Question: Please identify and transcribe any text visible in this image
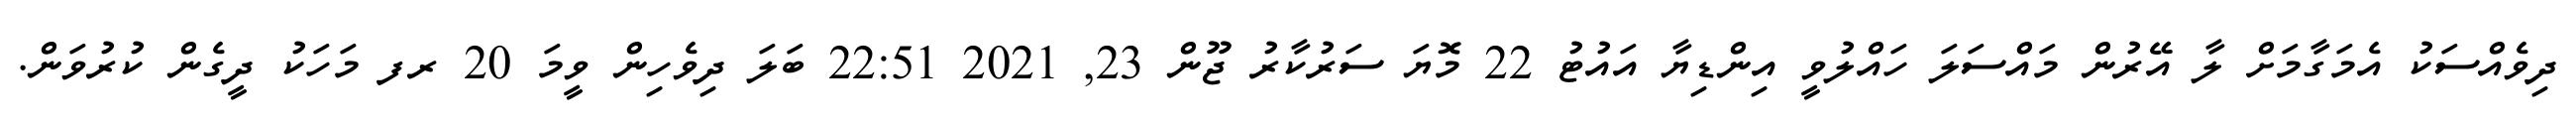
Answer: ދިވެއްސަކު އެމަގާމަށް ލާ އޭރުން މައްސަލަ ހައްލުވީ އިންޑިޔާ އައުޓު 22 މޮޔަ ސަރުކާރު ޖޫން 23, 2021 22:51 ބަލަ ދިވެހިން ވީމަ 20 ރފ މަހަކު ދީގެން ކުރުވަން.